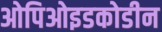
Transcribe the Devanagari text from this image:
ओपिओइडकोडीन